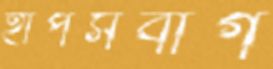
হাপসবার্গ